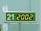
21